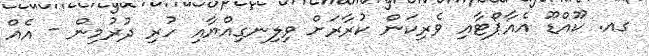
ގއ. ކޫއްޑޫ އެއާޕޯޓާއި ވެރިކަން ކުރާރަށް ވިލިނގިއްޔާއި ހުރި ދުރުމިން - އެއް